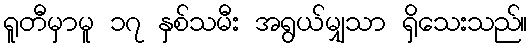
ရူတီမှာမူ ၁၇ နှစ်သမီး အရွယ်မျှသာ ရှိသေးသည်။